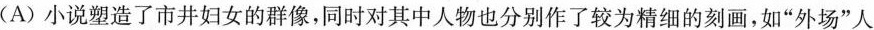
(A)小说塑造了市井妇女的群像，同时对其中人物也分别作了较为精细的刻画，如”外场”人